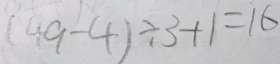
( 4 9 - 4 ) \div 3 + 1 = 1 6